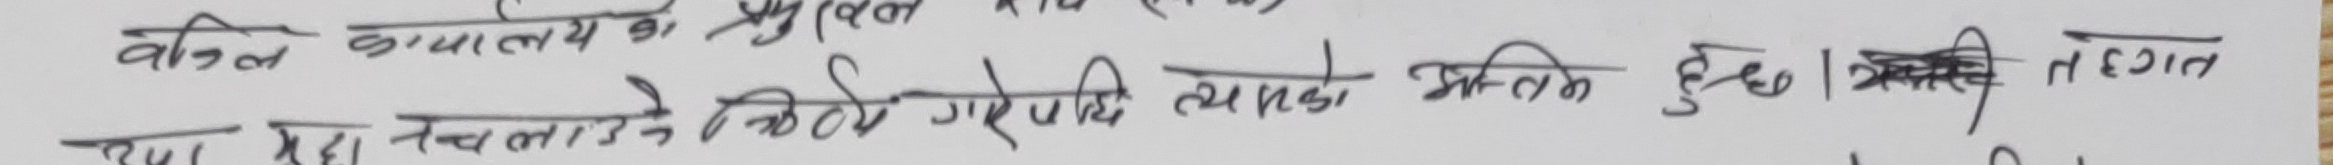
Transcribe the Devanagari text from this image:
वकील अदालतको मुद्दा
पेश हुँदा र मुद्दा चलाउने निर्णय गरेपछि त्यसको भीड हुन्छ । तर तत्काल